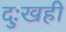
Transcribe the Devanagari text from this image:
दुःखही